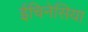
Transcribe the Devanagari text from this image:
ईचिनेसिया